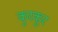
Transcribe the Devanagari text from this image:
कुरकूर